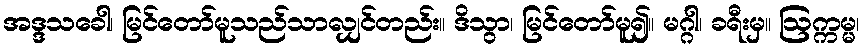
အဒ္ဒသခေါ၊ မြင်တော်မူသည်သာလျှင်တည်း။ ဒိသွာ၊ မြင်တော်မူ၍။ မဂ္ဂါ၊ ခရီးမှ။ ဩက္ကမ္မ၊